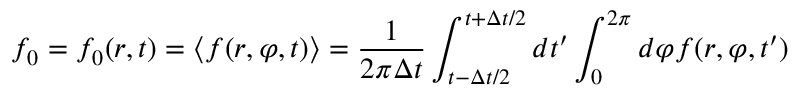
f _ { 0 } = f _ { 0 } ( r , t ) = \langle f ( r , \varphi , t ) \rangle = \frac { 1 } { 2 \pi \Delta t } \int _ { t - \Delta t / 2 } ^ { t + \Delta t / 2 } d t ^ { \prime } \int _ { 0 } ^ { 2 \pi } d \varphi f ( r , \varphi , t ^ { \prime } )